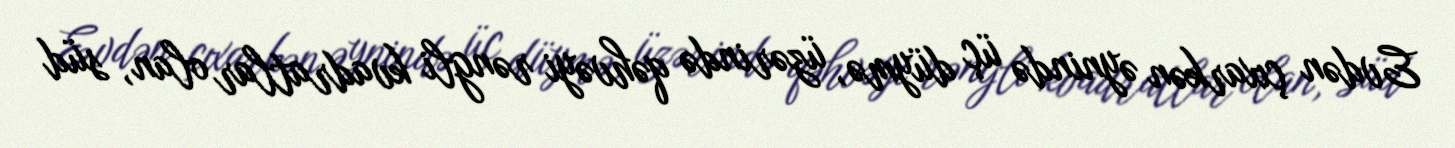
Evdən çıxarkən əynində üç düymə, üzərində qəhvəyi rəngli kvadratlar olan, süd